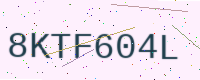
Text: 8KTF604L